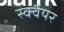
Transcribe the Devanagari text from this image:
स्‍क्‍वैयर